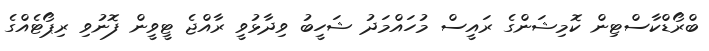
ބްރޯޑްކާސްޓިން ކޮމިޝަންގެ ރައީސް މުހައްމަދު ޝަހީބު ވިދާޅުވީ ރާއްޖެ ޓީވީން ފޮނުވި ރިޕޯޓެއްގެ